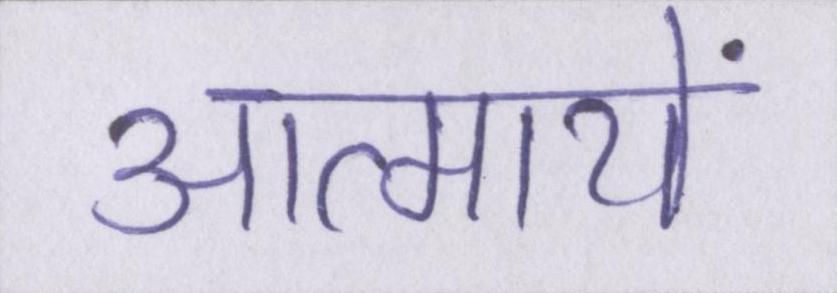
आत्मायें